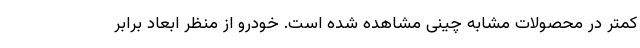
کمتر در محصولات مشابه چینی مشاهده شده است. خودرو از منظر ابعاد برابر